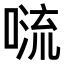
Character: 𠺩